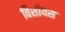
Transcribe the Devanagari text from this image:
विशीयस